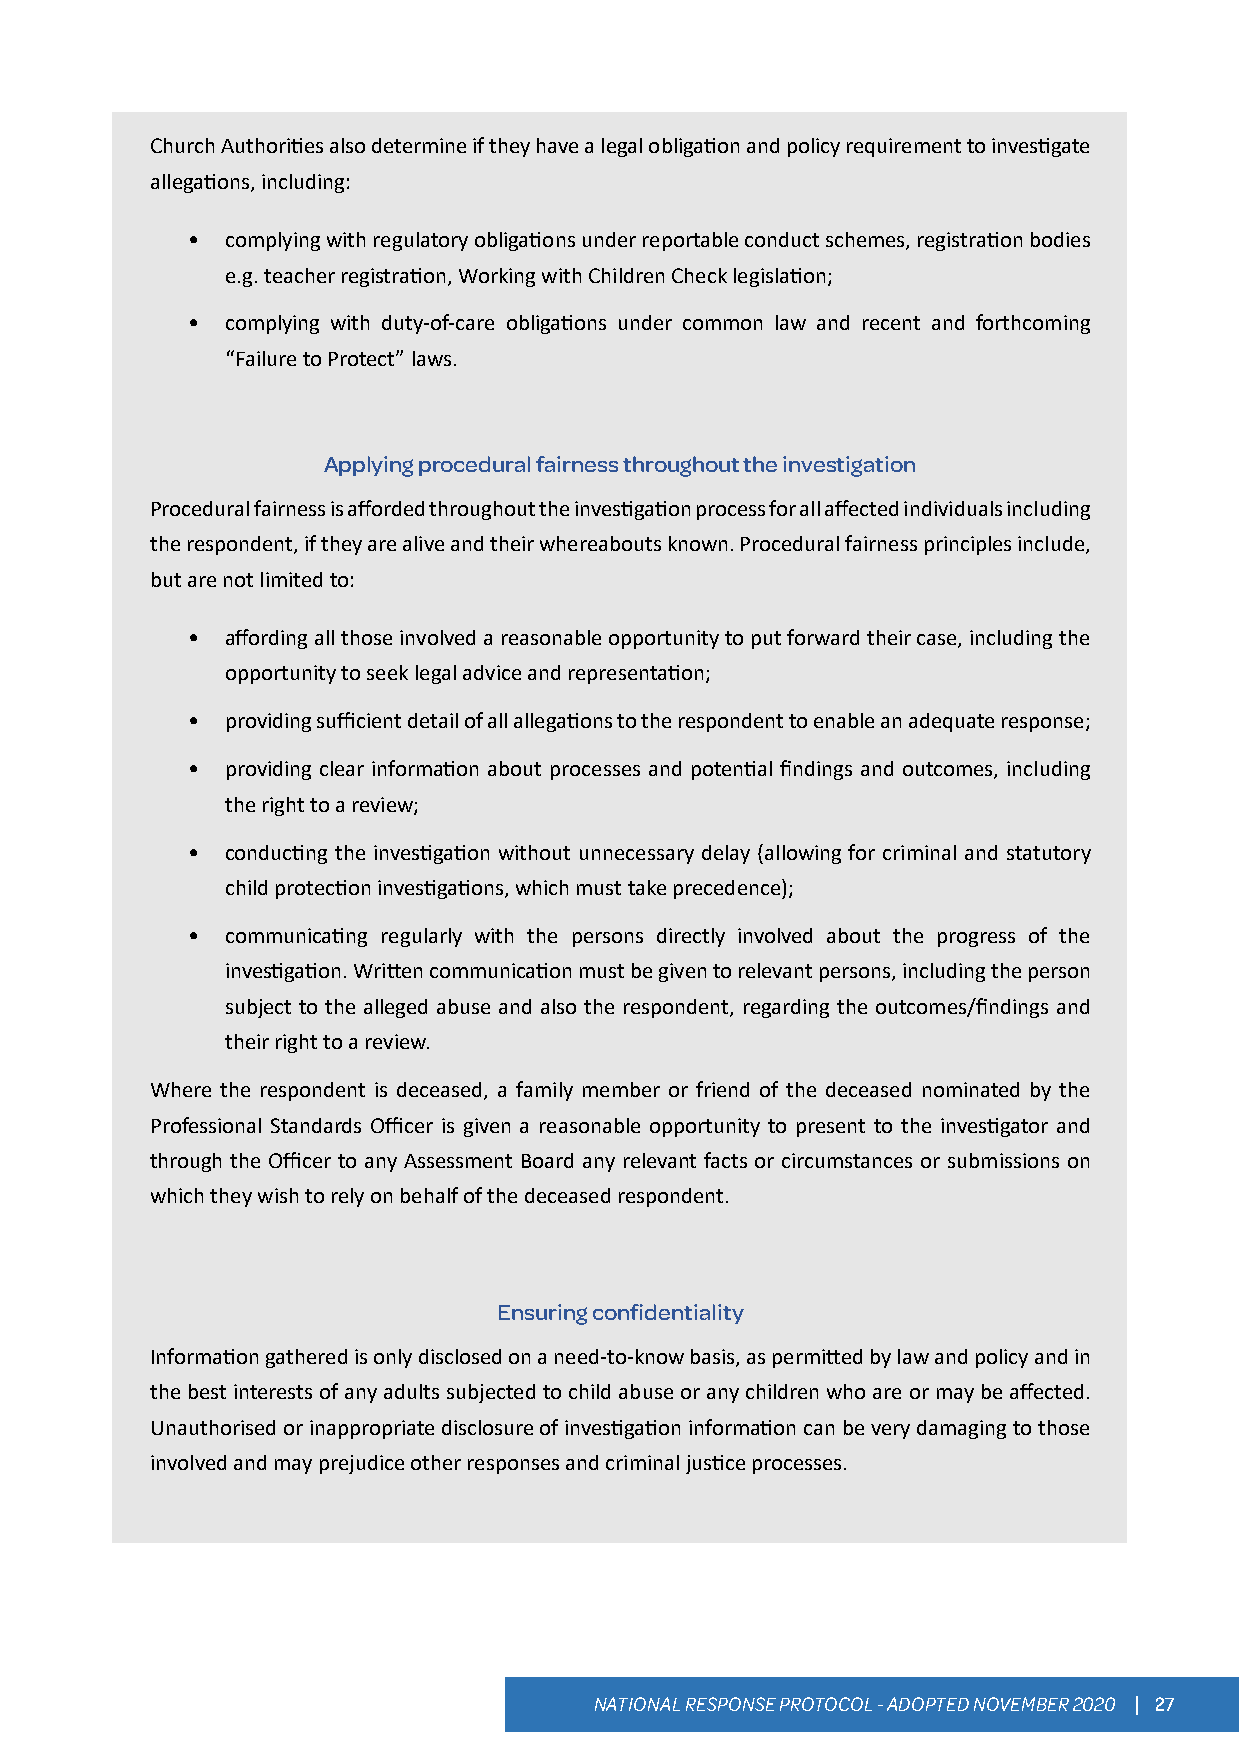
Church Authorities also determine if they have a legal obligation and policy requirement to investigate
 allegations, including:
 •  complying with regulatory obligations under reportable conduct schemes, registration bodies
 e.g. teacher registration, Working with Children Check legislation;
 •  complying with duty-of-care obligations under common law and recent and forthcoming
 “Failure to Protect” laws.
 Applying procedural fairness throughout the investigation
 Procedural fairness is afforded throughout the investigation process for all affected individuals including
 the respondent, if they are alive and their whereabouts known. Procedural fairness principles include,
 but are not limited to:
 •  affording all those involved a reasonable opportunity to put forward their case, including the
 opportunity to seek legal advice and representation;
 •  providing sufficient detail of all allegations to the respondent to enable an adequate response;
 •  providing clear information about processes and potential findings and outcomes, including
 the right to a review;
 •  conducting the investigation without unnecessary delay (allowing for criminal and statutory
 child protection investigations, which must take precedence);
 •  communicating regularly with the persons directly involved about the progress of the
 investigation. Written communication must be given to relevant persons, including the person
 subject to the alleged abuse and also the respondent, regarding the outcomes/findings and
 their right to a review.
 Where the respondent is deceased, a family member or friend of the deceased nominated by the
 Professional Standards Officer is given a reasonable opportunity to present to the investigator and
 through the Officer to any Assessment Board any relevant facts or circumstances or submissions on
 which they wish to rely on behalf of the deceased respondent.
 Ensuring confidentiality
 Information gathered is only disclosed on a need-to-know basis, as permitted by law and policy and in
 the best interests of any adults subjected to child abuse or any children who are or may be affected.
 Unauthorised or inappropriate disclosure of investigation information can be very damaging to those
 involved and may prejudice other responses and criminal justice processes.
 NATIONAL RESPONSE PROTOCOL - ADOPTED NOVEMBER 2020 | 27